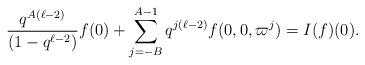
LaTeX: \begin{align*} \frac{q^{A(\ell-2)}}{(1-q^{\ell-2})}f(0)+\sum_{j=-B}^{A-1} q^{j(\ell-2)}f(0,0,\varpi^j)=I(f)(0).\end{align*}